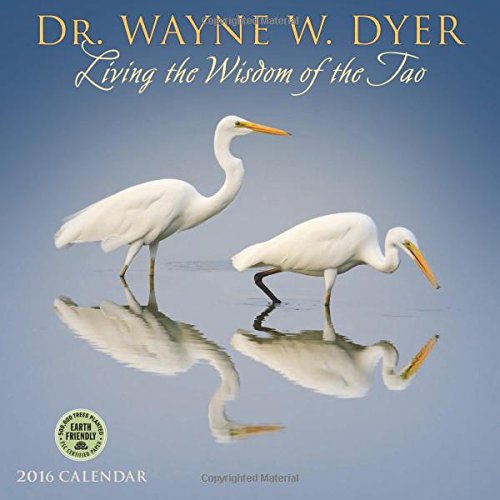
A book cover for Living the Wisdom of the Tao 2016 Wall Calendar; Dr. Wayne W. Dyer; Religion & Spirituality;